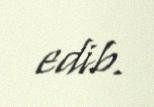
edib.